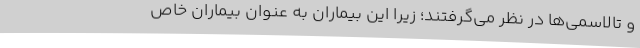
و تالاسمی‌ها در نظر می‌گرفتند؛ زیرا این بیماران به عنوان بیماران خاص